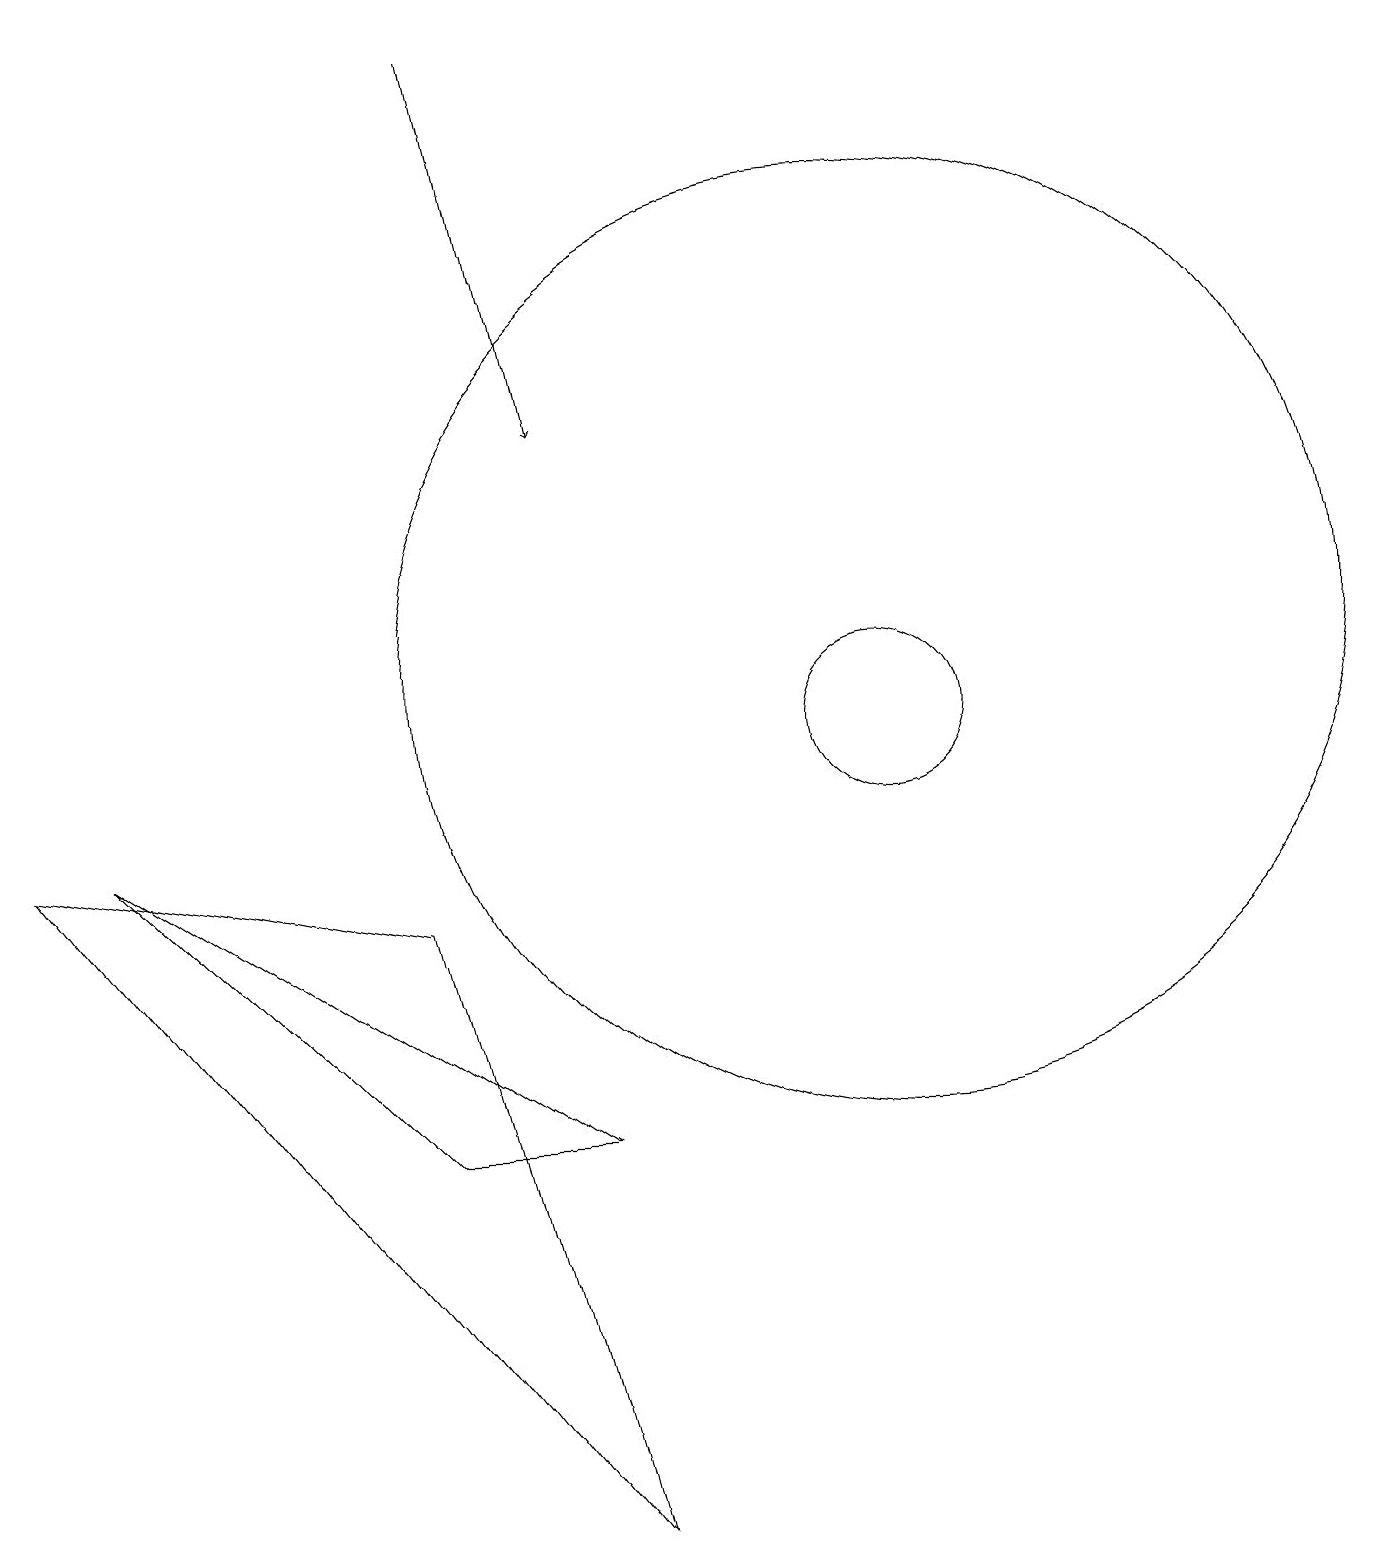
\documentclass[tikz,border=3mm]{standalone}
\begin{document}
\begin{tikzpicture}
\draw[->] (6,19) -- (7,14);
\draw (11,11) circle (6);
\draw (11,10) circle (1);
\draw (5,5) -- (1,9) -- (7,5) -- cycle;
\draw (5,8) -- (7,0) -- (0,9) -- cycle;
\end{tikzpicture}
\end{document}